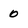
Character: 0